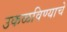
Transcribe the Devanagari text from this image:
उकळविण्याचे